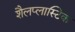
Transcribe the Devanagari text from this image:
शैलप्लास्टिक